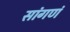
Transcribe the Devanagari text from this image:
सांगणं